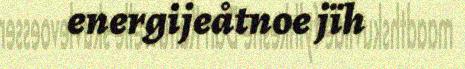
energijeåtnoe jïh